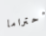
احتراما